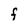
Character: F